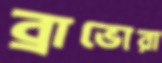
ব্রাভোরা